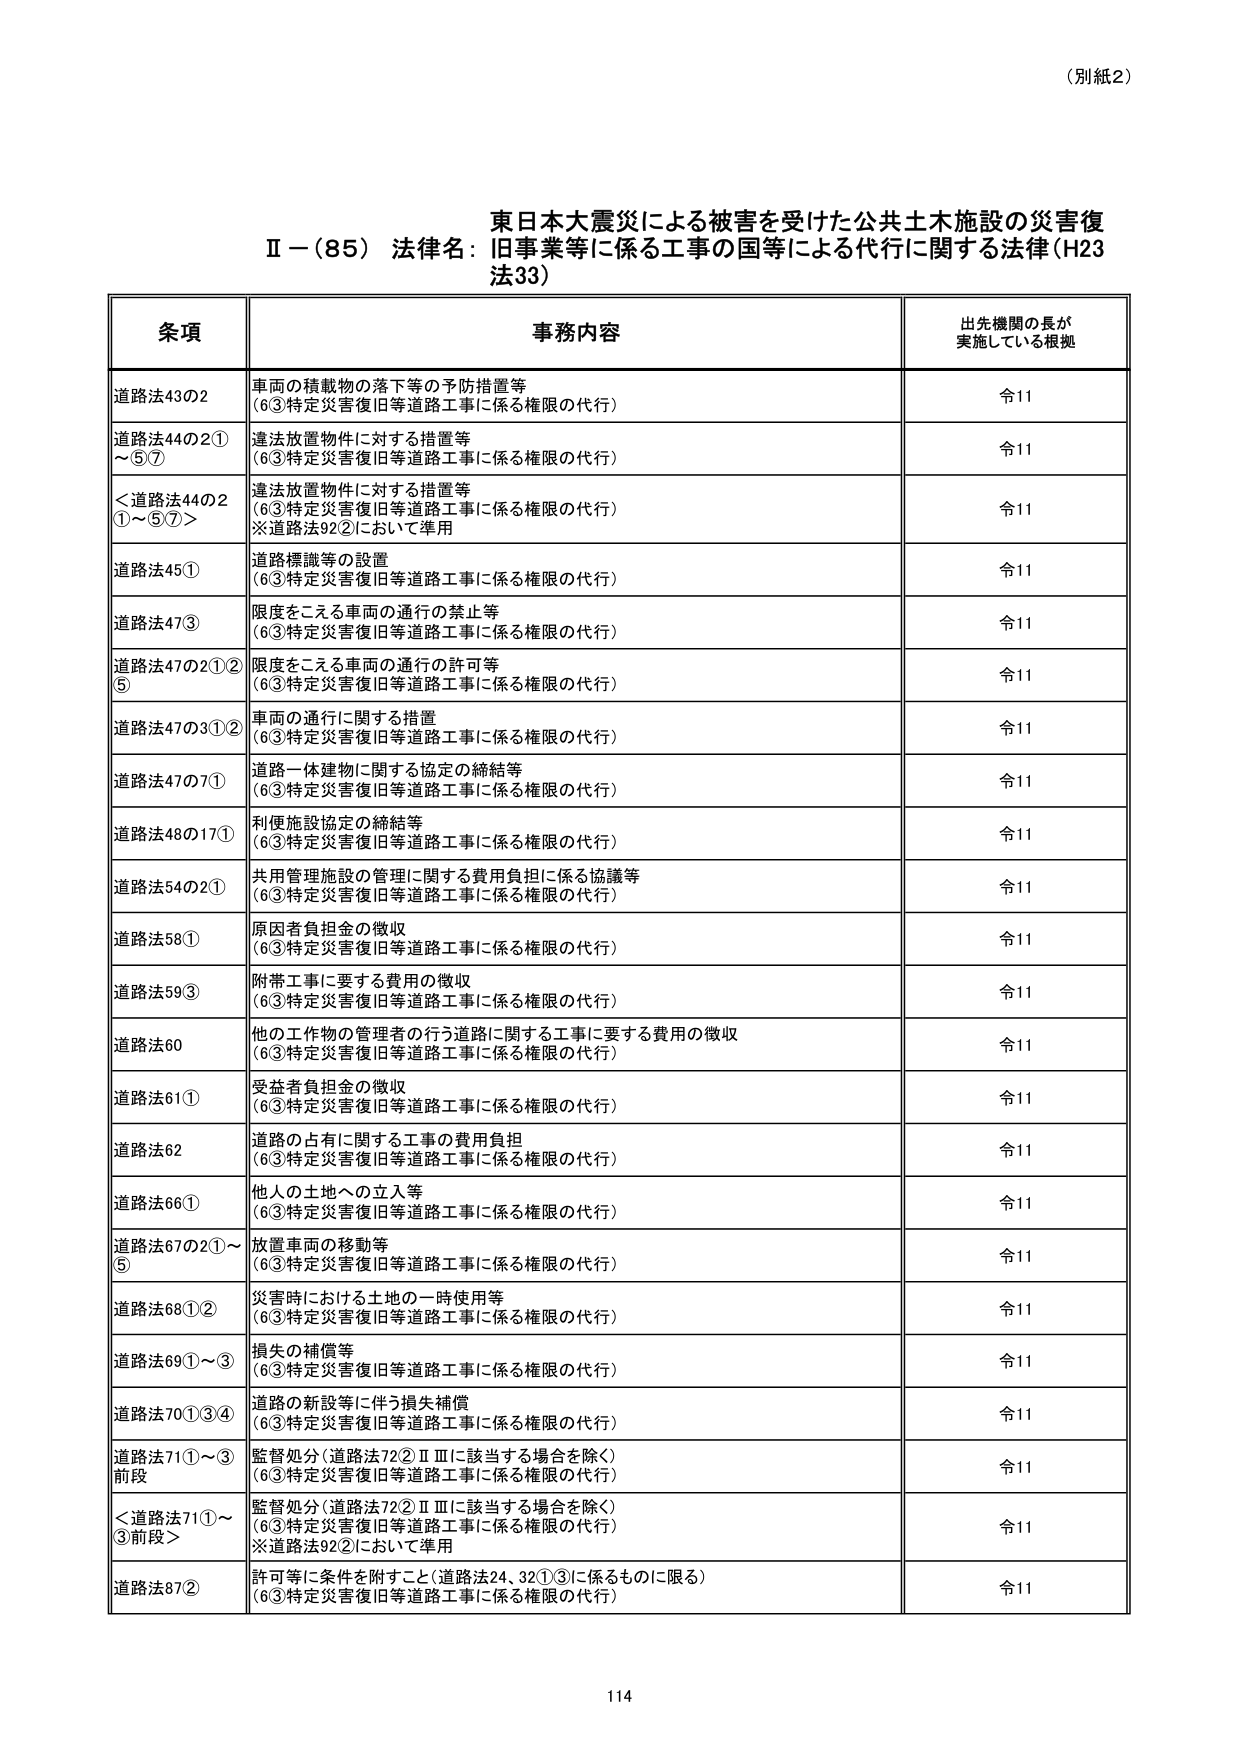
（別紙2）

東日本大震災による被害を受けた公共土木施設の災害復
Ⅱ－（85）法律名：旧事業等に係る工事の国等による代行に関する法律（H23
法33）

条項 事務内容 出先機関の長が
実施している根拠

道路法43の2 車両の積載物の落下等の予防措置等
（6③特定災害復旧等道路工事に係る権限の代行） 令11

道路法44の2①
～⑤⑦ 違法放置物件に対する措置等
（6③特定災害復旧等道路工事に係る権限の代行） 令11

＜道路法44の2
①～⑤⑦＞ 違法放置物件に対する措置等
（6③特定災害復旧等道路工事に係る権限の代行）
※道路法92②において準用 令11

道路法45① 道路標識等の設置
（6③特定災害復旧等道路工事に係る権限の代行） 令11

道路法47③ 限度をこえる車両の通行の禁止等
（6③特定災害復旧等道路工事に係る権限の代行） 令11

道路法47の2①②
⑤ 限度をこえる車両の通行の許可等
（6③特定災害復旧等道路工事に係る権限の代行） 令11

道路法47の3①② 車両の通行に関する措置
（6③特定災害復旧等道路工事に係る権限の代行） 令11

道路法47の7① 道路一体建物に関する協定の締結等
（6③特定災害復旧等道路工事に係る権限の代行） 令11

道路法48の17① 利便施設協定の締結等
（6③特定災害復旧等道路工事に係る権限の代行） 令11

道路法54の2① 共用管理施設の管理に関する費用負担に係る協議等
（6③特定災害復旧等道路工事に係る権限の代行） 令11

道路法58① 原因者負担金の徴収
（6③特定災害復旧等道路工事に係る権限の代行） 令11

道路法59③ 附帯工事に要する費用の徴収
（6③特定災害復旧等道路工事に係る権限の代行） 令11

道路法60 他の工作物の管理者の行う道路に関する工事に要する費用の徴収
（6③特定災害復旧等道路工事に係る権限の代行） 令11

道路法61① 受益者負担金の徴収
（6③特定災害復旧等道路工事に係る権限の代行） 令11

道路法62 道路の占有に関する工事の費用負担
（6③特定災害復旧等道路工事に係る権限の代行） 令11

道路法66① 他人の土地への立入等
（6③特定災害復旧等道路工事に係る権限の代行） 令11

道路法67の2①～
⑤ 放置車両の移動等
（6③特定災害復旧等道路工事に係る権限の代行） 令11

道路法68①② 災害時における土地の一時使用等
（6③特定災害復旧等道路工事に係る権限の代行） 令11

道路法69①～③ 損失の補償等
（6③特定災害復旧等道路工事に係る権限の代行） 令11

道路法70①③④ 道路の新設等に伴う損失補償
（6③特定災害復旧等道路工事に係る権限の代行） 令11

道路法71①～③
前段 監督処分（道路法72②ⅡⅢに該当する場合を除く）
（6③特定災害復旧等道路工事に係る権限の代行） 令11

＜道路法71①～
③前段＞ 監督処分（道路法72②ⅡⅢに該当する場合を除く）
（6③特定災害復旧等道路工事に係る権限の代行）
※道路法92②において準用 令11

道路法87② 許可等に条件を附すること（道路法24、32①③に係るものに限る）
（6③特定災害復旧等道路工事に係る権限の代行） 令11

114